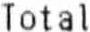
TOTAL